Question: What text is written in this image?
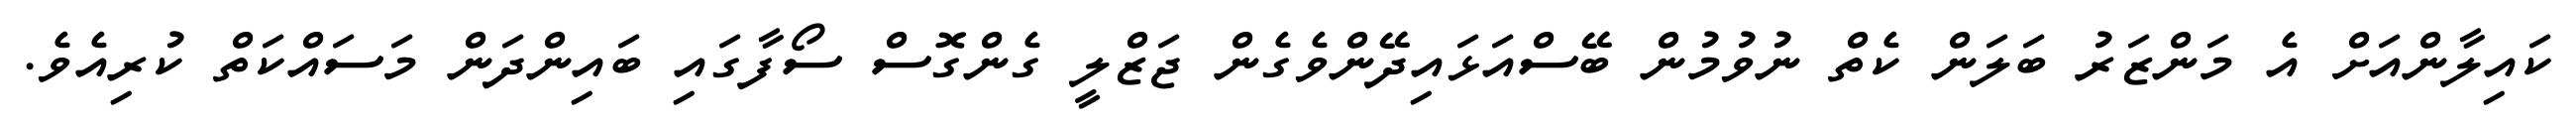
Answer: ކައިލާންއަށް އެ މަންޒަރު ބަލަން ކެތް ނުވުމުން ބޭސްއަޅައިދޭންވެގެން ޖަޒްލީ ގެންގޮސް ސޯފާގައި ބައިންދަން މަސައްކަތް ކުރިއެވެ.